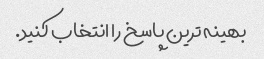
بهینه ترین پاسخ را انتخاب کنید.